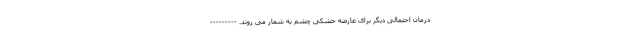
درمان احتمالی دیگر برای عارضه خشکی چشم به شمار می روند. ---------